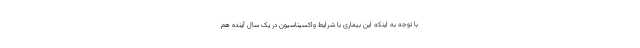
با توجه به اینکه این بیماری با شرایط واکسیناسیون در یک سال آینده هم